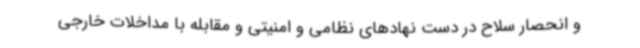
و انحصار سلاح در دست نهادهای نظامی و امنیتی و مقابله با مداخلات خارجی